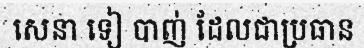
សេនា ទៀ បាញ់ ដែលជាប្រធាន